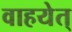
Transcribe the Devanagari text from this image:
वाहयेत्